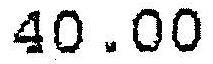
40.00